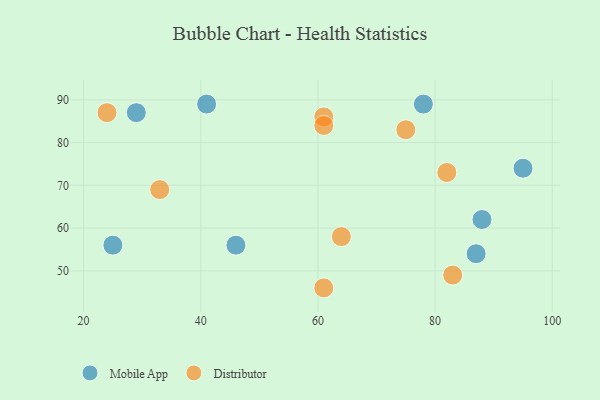
{"axis": {"x": "GDP", "y": "Life Expectancy"}, "legend": ["Distributor", "Mobile App"], "data": [{"x": "41", "y": 89, "type": "Mobile App"}, {"x": "95", "y": 74, "type": "Mobile App"}, {"x": "46", "y": 56, "type": "Mobile App"}, {"x": "29", "y": 87, "type": "Mobile App"}, {"x": "88", "y": 62, "type": "Mobile App"}, {"x": "87", "y": 54, "type": "Mobile App"}, {"x": "25", "y": 56, "type": "Mobile App"}, {"x": "78", "y": 89, "type": "Mobile App"}, {"x": "24", "y": 87, "type": "Distributor"}, {"x": "61", "y": 86, "type": "Distributor"}, {"x": "33", "y": 69, "type": "Distributor"}, {"x": "82", "y": 73, "type": "Distributor"}, {"x": "61", "y": 84, "type": "Distributor"}, {"x": "64", "y": 58, "type": "Distributor"}, {"x": "83", "y": 49, "type": "Distributor"}, {"x": "75", "y": 83, "type": "Distributor"}, {"x": "61", "y": 46, "type": "Distributor"}]}